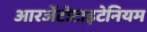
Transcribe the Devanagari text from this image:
आरजेंटोटाइटेनियम